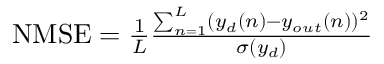
\begin{array} { r } { \mathrm { N M S E } = \frac { 1 } { L } \frac { \sum _ { n = 1 } ^ { L } ( y _ { d } ( n ) - y _ { o u t } ( n ) ) ^ { 2 } } { \sigma ( y _ { d } ) } } \end{array}